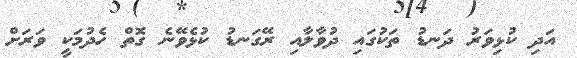
އަދި ކުޅިވަރު ދަނޑު ތަކުގައި ދުވާލާއި ރޭގަނޑު ކުޅެވޭނެ ގޮތް ހެދުމަކީ ވަރަށް